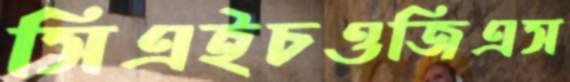
সিএইচওজিএস